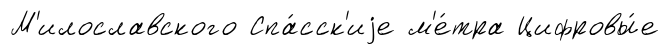
М'илославского Спа́сск'иjе м'е́тра Цифровы́е